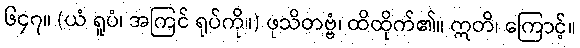
၆၄၇။ (ယံ ရူပံ၊ အကြင် ရုပ်ကို။) ဖုသိတဗ္ဗံ၊ ထိထိုက်၏။ ဣတိ၊ ကြောင့်။